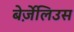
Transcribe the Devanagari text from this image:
बेर्ज़ेलिउस